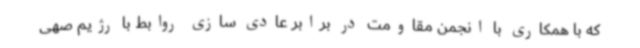
که با همکاری با انجمن مقاومت در برابر عادی سازی روابط با رژیم صهی